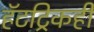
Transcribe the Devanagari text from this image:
हॅटट्रिकही